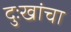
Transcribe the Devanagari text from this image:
दुःखांचा